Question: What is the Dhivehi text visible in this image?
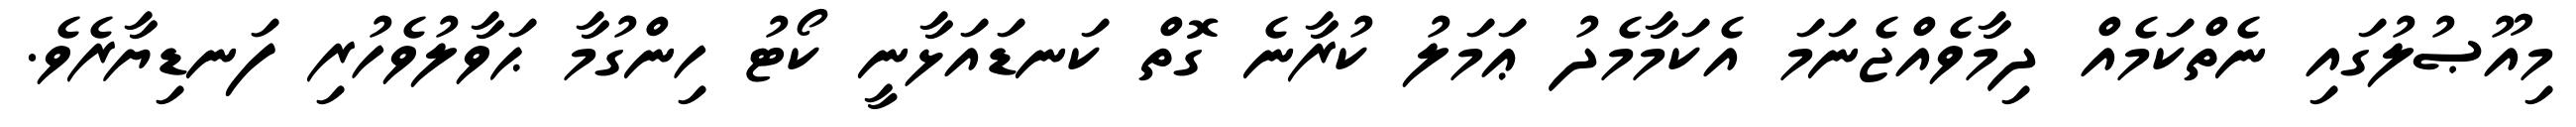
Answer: މިއޫޞުލުގައި ނެތްކަމެއް ދިމާވެއްޖެނަމަ އެކަމާމެދު ޢަމަލު ކުރާނެ ގޮތް ކަނޑައަޅާނީ ކޯޓު ހިންގުމާ ޙަވާލުވެހުރި ފަނޑިޔާރެވެ.